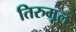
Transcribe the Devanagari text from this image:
तिरुमूल